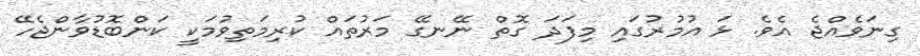
ގިނަވެއްޖެ އެވެ. ޅަ އުމުރުގައި މިފަދަ ގޮތް ނޭނގޭ މަރުތައް ކުރިމަތިވުމަކީ ކަންބޮޑުވާންޖެހޭ